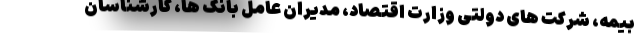
بیمه، شرکت های دولتی وزارت اقتصاد، مدیران عامل بانک ها، کارشناسان